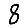
Digit: 8